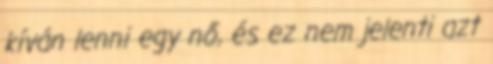
kíván lenni egy nő, és ez nem jelenti azt